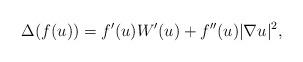
LaTeX: \begin{align*}\Delta (f(u))&=f'(u)W'(u)+f''(u)|\nabla u|^2,\end{align*}